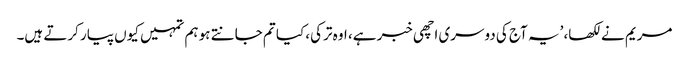
مریم نے لکھا، ’یہ آج کی دوسری اچھی خبر ہے، اوہ ترکی، کیا تم جانتے ہو ہم تمہیں کیوں پیار کرتے ہیں۔